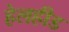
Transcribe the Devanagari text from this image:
हेलहीड